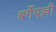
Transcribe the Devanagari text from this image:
बर्गेपल्ली